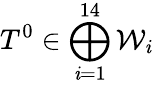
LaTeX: T^{0}\in\bigoplus_{\mathit{i}=1}^{14}{\mathcal{W}}_{\mathit{i}}